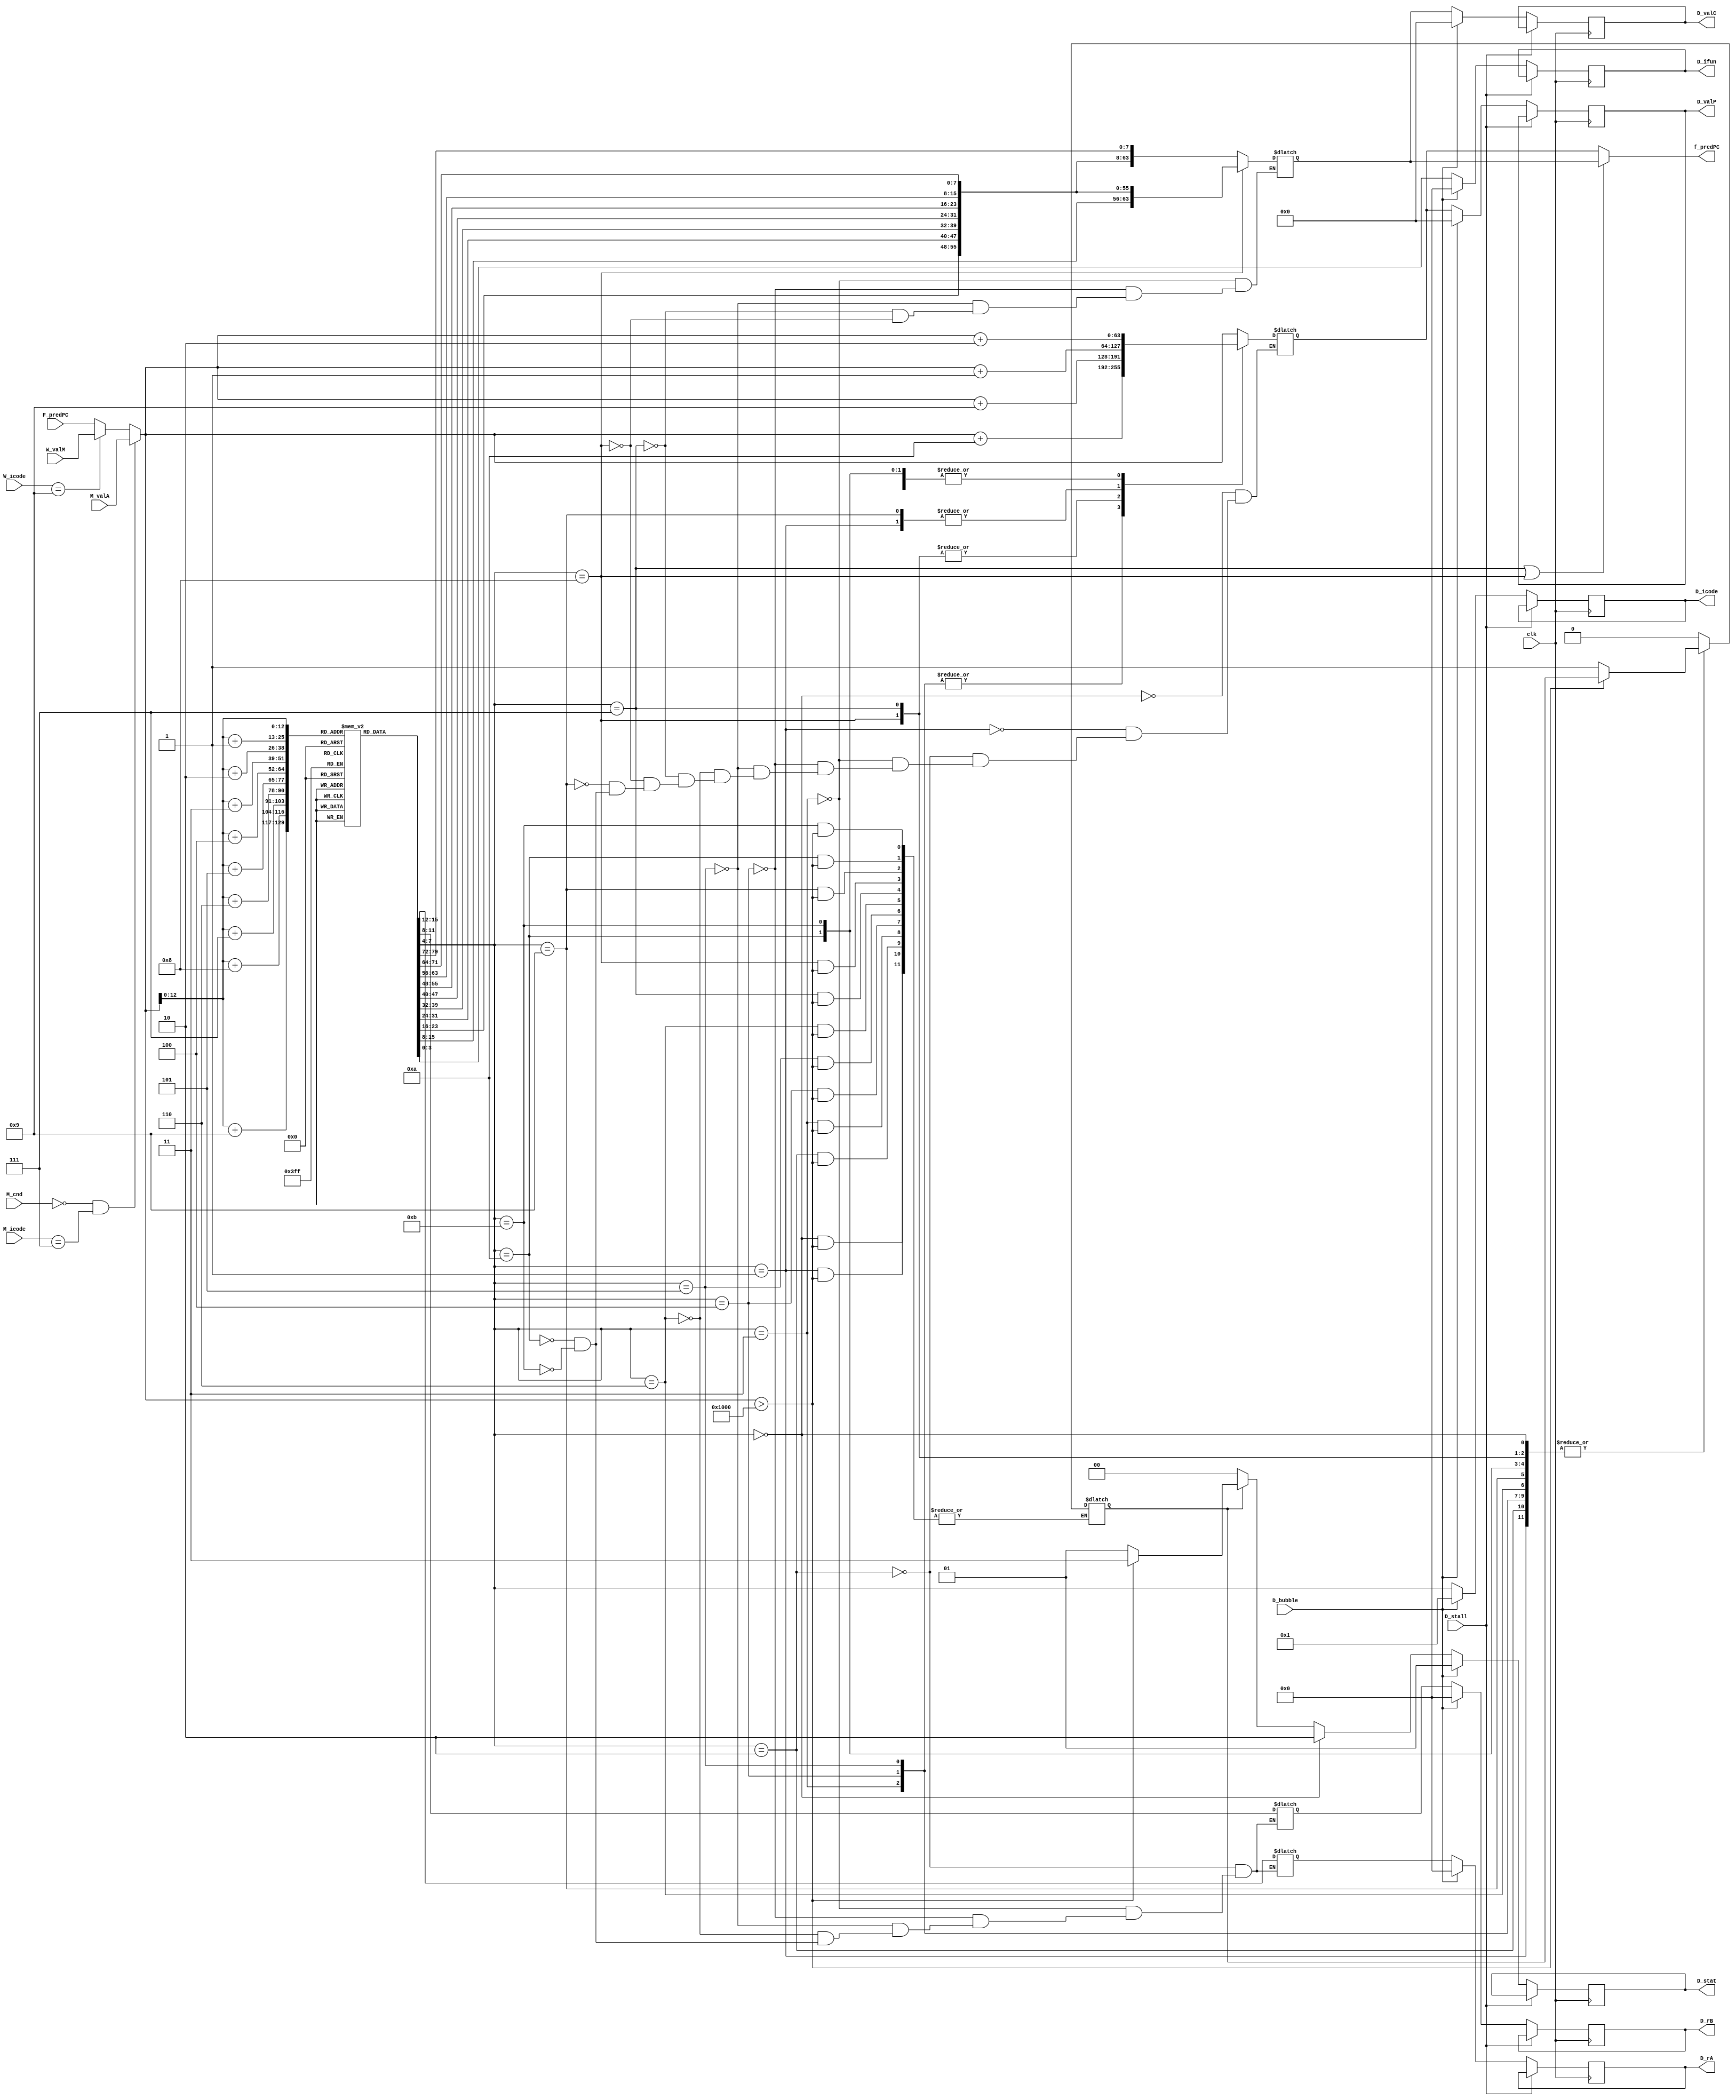
module fetch(input clk,D_stall,D_bubble,M_cnd,input [3:0] M_icode,W_icode,input [63:0] F_predPC,M_valA,W_valM,
            output reg [3:0] D_icode,D_ifun,D_rA,D_rB,output reg [63:0] D_valC,D_valP,f_predPC,
            output reg [1:0] D_stat);

    // F_predPC;                        // Program Counter
    //Instruction;                // Instructionuction to be executed
    // icode;                     // icode: Instructionuction Code - 4 Bytes
    // ifun;                      // ifun: Function Code - Bytes
    // rA;                        // rA register/memory addresses - 4 Bytes
    // rB;                        // rB register/memory addresses - 4 Bytes
    // valC;                      // 8 byte values. Used for finding incremented PC, valP.
    // valP;                      // Incremented PC
    // Valid_Memory = 1;          // Flag: Check if Memory is full.
    // Valid_Instruction = 1;     // Flag: Check if Instruction is valid.

    reg valid_memory=1,valid_instruction=1; 
    reg [1:0] stat; 
    reg [3:0] icode, ifun,rA, rB;
    reg [7:0] M[0:4096];                         
    reg [63:0] valC,valP,PC;                                             
    reg [0:79] instruction;                                      


    initial 
    begin
        //cmovxx
    M[64]=8'b00100000; //2 fn
    M[65]=8'b00100011; //rA rB

  //irmovq
    M[66]=8'b00110000; //3 0
    M[67]=8'b11110011; //F rB
    M[68]=8'b00000000; //V
    M[69]=8'b00000000; //V
    M[70]=8'b00000000; //V
    M[71]=8'b00000000; //V
    M[72]=8'b00000000; //V
    M[73]=8'b00000000; //V
    M[74]=8'b00000000; //V
    M[75]=8'b00011111; //V=31

  //rmmovq
    M[76]=8'b01000000; //4 0
    M[77]=8'b00100100; //rA rB
    M[78]=8'b00000000; //D
    M[79]=8'b00000000; //D
    M[80]=8'b00000000; //D
    M[81]=8'b00000000; //D
    M[82]=8'b00000000; //D
    M[83]=8'b00000000; //D
    M[84]=8'b00000000; //D
    M[85]=8'b00000101; //D

    //OPq
    M[86]=8'b01100011; //6 fn
    M[87]=8'b00100100; //rA rB
  
  //jmp
    M[88]=8'b01110000; //7 fn
    M[89]=8'b00000000; //Dest
    M[90]=8'b00000000; //Dest
    M[91]=8'b00000000; //Dest
    M[92]=8'b00000000; //Dest
    M[93]=8'b00000000; //Dest
    M[94]=8'b00000000; //Dest
    M[95]=8'b00000000; //Dest
    M[96]=8'b00000000; //Dest
    M[97]=8'b01101000; //Dest

  //pushq
    M[99]=8'b10100001; //A
    M[100]=8'b00101111; //rA F

  //popq
    M[101]=8'b10110001; //A
    M[102]=8'b00101111; //rA F

  //nop
    M[103]=8'b00010000; // 1 0

  // //halt
  //   M[113]=8'b00000000; // 0 0

     //irmovq
    M[104]=8'b00110000; //3 0
    M[105]=8'b11110011; //F rB
    M[106]=8'b00000000; //V
    M[107]=8'b00000000; //V
    M[108]=8'b00000000; //V
    M[109]=8'b00000000; //V
    M[110]=8'b00000000; //V
    M[111]=8'b00000000; //V
    M[112]=8'b00000000; //V
    M[113]=8'b00011111; //V=31

    // //pushq
    // M[114]=8'b10100001; //A
    // M[115]=8'b00101111; //rA F

//   //popq
//     M[126]=8'b10110001; //A
//     M[127]=8'b00101111; //rA F

  //halt
    M[114]=8'b00000000;



//   //call
//     M[113]=8'b10000000; // 8 0
//     M[114]=8'b00000000; //Dest
//     M[115]=8'b00000000; //Dest
//     M[116]=8'b00000000; //Dest
//     M[117]=8'b00000000; //Dest
//     M[118]=8'b00000000; //Dest
//     M[119]=8'b00000000; //Dest
//     M[120]=8'b00000000; //Dest
//     // M[121]=8'b00000000; //Dest
//     M[121]=8'b01111011; //Dest
    
//     M[122]=8'b00000000; // 0 0 Halt
//     M[123]=8'b01100011; //6 fn OPq
//     M[124]=8'b00100100; //rA rB

//   //ret
//     M[125]=8'b10010000; // 9 0

  // //halt
  //   M[127]=8'b00000000; // 0 0

  // 1. STALLING, DATA FORWARDING 

    // irmovq $10,%rdx
    // M[128]=8'b00110000; //3 0
    // M[129]=8'b11110010; //F rB=2
    // M[130]=8'b00000000;           
    // M[131]=8'b00000000;           
    // M[132]=8'b00000000;           
    // M[133]=8'b00000000;          
    // M[134]=8'b00000000;          
    // M[135]=8'b00000000;          
    // M[136]=8'b00000000;
    // M[137]=8'b00001010; //V=10

    // // irmovq  $3,%rax
    // M[138]=8'b00110000; //3 0
    // M[139]=8'b11110000; //F rB=0
    // M[140]=8'b00000000;           
    // M[141]=8'b00000000;           
    // M[142]=8'b00000000;           
    // M[143]=8'b00000000;          
    // M[144]=8'b00000000;          
    // M[145]=8'b00000000;          
    // M[146]=8'b00000000;
    // M[147]=8'b00000011; //V=3

    // // addq %rdx,%rax
    // M[148]=8'b01100000; //6 0
    // M[149]=8'b00100000; //rA=2 rB=0

    // // 2. LOAD/USE HAZARD 

    // //irmovq $128, %rdx
    // M[150]=8'b00110000; //3 0
    // M[151]=8'b11110010; //F rB=2
    // M[152]=8'b00000000;           
    // M[153]=8'b00000000;           
    // M[154]=8'b00000000;           
    // M[155]=8'b00000000;          
    // M[156]=8'b00000000;          
    // M[157]=8'b00000000;          
    // M[158]=8'b00000000;
    // M[159]=8'b10000000; //V=128

    // //irmovq $3, %rcx
    // M[160]=8'b00110000; //3 0
    // M[161]=8'b11110001; //F rB=1
    // M[162]=8'b00000000;           
    // M[163]=8'b00000000;           
    // M[164]=8'b00000000;           
    // M[165]=8'b00000000;          
    // M[166]=8'b00000000;          
    // M[167]=8'b00000000;          
    // M[168]=8'b00000000;
    // M[169]=8'b00000011; //V=3

    // //rmmovq %rcx, 0(%rdx)
    // M[170]=8'b01000000; //4 0
    // M[171]=8'b00010010; //rA=1 rB=2
    // M[172]=8'b00000000; //D
    // M[173]=8'b00000000; //D
    // M[174]=8'b00000000; //D
    // M[175]=8'b00000000; //D
    // M[176]=8'b00000000; //D
    // M[177]=8'b00000000; //D
    // M[178]=8'b00000000; //D
    // M[179]=8'b00000000; //D=0

    // //irmovq $10, %rbx
    // M[180]=8'b00110000; //3 0
    // M[181]=8'b11110011; //F rB=3
    // M[182]=8'b00000000;           
    // M[183]=8'b00000000;           
    // M[184]=8'b00000000;           
    // M[185]=8'b00000000;          
    // M[186]=8'b00000000;          
    // M[187]=8'b00000000;          
    // M[188]=8'b00000000;
    // M[189]=8'b00001010; //V=10

    // //mrmovq 0(%rdx), %rax
    // M[190]=8'b01010000; //5 0
    // M[191]=8'b00100000; //rA=2 rB=0
    // M[192]=8'b00000000; //D
    // M[193]=8'b00000000; //D
    // M[194]=8'b00000000; //D
    // M[195]=8'b00000000; //D
    // M[196]=8'b00000000; //D
    // M[197]=8'b00000000; //D
    // M[198]=8'b00000000; //D
    // M[199]=8'b00000000; //D=0

    // //addq %rbx, %rax
    // M[200]=8'b01100000; //6 0
    // M[201]=8'b00110000; //rA=3 rB=0

    // // 3. BRACH MISPREDICTION 

    // //     xorq %rax,%rax
    // M[20]=8'b01100011; //6 3
    // M[21]=8'b00000000; //rA=0 rB=0

    // //     jne  t             # Not taken
    // M[86]=8'b01110100; //7 4
    // M[87]=8'b00100000; //D
    // M[88]=8'b00000000; //D
    // M[89]=8'b00000000; //D
    // M[90]=8'b00000000; //D
    // M[91]=8'b00000000; //D
    // M[92]=8'b00000000; //D
    // M[93]=8'b00000000; //D
    // M[94]=8'b00000000; //D //Set destination NOT YET SET 

    // //     irmovq $1, %rax    # Fall through
    // M[20]=8'b00110000; //3 0
    // M[21]=8'b11110000; //F rB=0
    // M[22]=8'b00000000;           
    // M[23]=8'b00000000;           
    // M[24]=8'b00000000;           
    // M[25]=8'b00000000;          
    // M[26]=8'b00000000;          
    // M[27]=8'b00000000;          
    // M[28]=8'b00000000;
    // M[29]=8'b00000001; //V=1

    // //     nop
    // M[12]=8'b00010000; // 1 0

    // //     nop
    // M[12]=8'b00010000; // 1 0

    // //     nop
    // M[12]=8'b00010000; // 1 0

    // //     halt
    // M[12]=8'b00000000; // 0 0

    // // t:  irmovq $3, %rdx    # Target
    // M[20]=8'b00110000; //3 0
    // M[21]=8'b11110010; //F rB=2
    // M[22]=8'b00000000;           
    // M[23]=8'b00000000;           
    // M[24]=8'b00000000;           
    // M[25]=8'b00000000;          
    // M[26]=8'b00000000;          
    // M[27]=8'b00000000;          
    // M[28]=8'b00000000;
    // M[29]=8'b00000011; //V=3

    // //     irmovq $4, %rcx    # Should not execute
    // M[20]=8'b00110000; //3 0
    // M[21]=8'b11110001; //F rB=1
    // M[22]=8'b00000000;           
    // M[23]=8'b00000000;           
    // M[24]=8'b00000000;           
    // M[25]=8'b00000000;          
    // M[26]=8'b00000000;          
    // M[27]=8'b00000000;          
    // M[28]=8'b00000000;
    // M[29]=8'b00000100; //V=4

    // //     irmovq $5, %rdx    # Should not execute
    // M[20]=8'b00110000; //3 0
    // M[21]=8'b11110010; //F rB=2
    // M[22]=8'b00000000;           
    // M[23]=8'b00000000;           
    // M[24]=8'b00000000;           
    // M[25]=8'b00000000;          
    // M[26]=8'b00000000;          
    // M[27]=8'b00000000;          
    // M[28]=8'b00000000;
    // M[29]=8'b00000101; //V=5

    // 4. RETURN 

    // irmovq Stack,%rsp  # Intialize stack pointer

    // call p             # Procedure call
    // M[20]=8'b10000000; 8 0
    // M[87]=8'b00100000; //D
    // M[88]=8'b00000000; //D
    // M[89]=8'b00000000; //D
    // M[90]=8'b00000000; //D
    // M[91]=8'b00000000; //D
    // M[92]=8'b00000000; //D
    // M[93]=8'b00000000; //D
    // M[94]=8'b00000000; //D //Set destination NOT YET SET 

    // irmovq $5,%rsi     # Return point
    // M[20]=8'b00110000; //3 0
    // M[21]=8'b11110110; //F rB=6
    // M[22]=8'b00000000;           
    // M[23]=8'b00000000;           
    // M[24]=8'b00000000;           
    // M[25]=8'b00000000;          
    // M[26]=8'b00000000;          
    // M[27]=8'b00000000;          
    // M[28]=8'b00000000;
    // M[29]=8'b00000101; //V=5

    // // halt
    // M[12]=8'b00000000; // 0 0

    
    // // p:  irmovq $1,%rdi    # procedure
    // M[20]=8'b00110000; //3 0
    // M[21]=8'b11110111; //F rB=7
    // M[22]=8'b00000000;           
    // M[23]=8'b00000000;           
    // M[24]=8'b00000000;           
    // M[25]=8'b00000000;          
    // M[26]=8'b00000000;          
    // M[27]=8'b00000000;          
    // M[28]=8'b00000000;
    // M[29]=8'b00000001; //V=1

    // //     ret
    // M[20]=8'b10010000; //9 0

    // //     irmovq $2,%rax     # Should not be executed
    // M[20]=8'b00110000; //3 0
    // M[21]=8'b11110000; //F rB=0
    // M[22]=8'b00000000;           
    // M[23]=8'b00000000;           
    // M[24]=8'b00000000;           
    // M[25]=8'b00000000;          
    // M[26]=8'b00000000;          
    // M[27]=8'b00000000;          
    // M[28]=8'b00000000;
    // M[29]=8'b00000010; //V=2

    // //     irmovq $3,%rcx     # Should not be executed
    // M[20]=8'b00110000; //3 0
    // M[21]=8'b11110001; //F rB=1
    // M[22]=8'b00000000;           
    // M[23]=8'b00000000;           
    // M[24]=8'b00000000;           
    // M[25]=8'b00000000;          
    // M[26]=8'b00000000;          
    // M[27]=8'b00000000;          
    // M[28]=8'b00000000;
    // M[29]=8'b00000011; //V=3

    // //     irmovq $4,%rdx     # Should not be executed
    // M[20]=8'b00110000; //3 0
    // M[21]=8'b11110010; //F rB=2
    // M[22]=8'b00000000;           
    // M[23]=8'b00000000;           
    // M[24]=8'b00000000;           
    // M[25]=8'b00000000;          
    // M[26]=8'b00000000;          
    // M[27]=8'b00000000;          
    // M[28]=8'b00000000;
    // M[29]=8'b00000100; //V=4

    // //     irmovq $5,%rbx     # Should not be executed
    // M[20]=8'b00110000; //3 0
    // M[21]=8'b11110011; //F rB=3
    // M[22]=8'b00000000;           
    // M[23]=8'b00000000;           
    // M[24]=8'b00000000;           
    // M[25]=8'b00000000;          
    // M[26]=8'b00000000;          
    // M[27]=8'b00000000;          
    // M[28]=8'b00000000;
    // M[29]=8'b00000101; //V=5
    end

 always@(icode,valid_instruction,valid_memory)
 begin
    //Setting stat register
        if(icode==4'b0000)   //Halt
        stat = 2'b10;

        else if(valid_instruction==0)  //INS
        stat = 2'b00;

        else if(valid_memory==0)  //ADR
        begin
        stat = 2'b11;
        end

        else
        stat = 2'b01;    //AOK
 end

    always@(posedge clk)
    begin
        if(!D_stall)
        begin
        if(!D_bubble)
        begin
            D_icode <= icode;
            D_ifun <= ifun;
            D_rA <= rA;              // Checking if there is bubble or not
            D_rB <= rB;
            D_stat <= stat;
            D_valP <= valP;
            D_valC <= valC;
        end
        else
        begin
            D_icode <= 4'b0001;
            D_ifun <= 4'b0000;
            D_rA <= 4'b0000;
            D_rB <= 4'b0000;
            D_stat <= 2'b01;
            D_valP <= 64'b0;
            D_valC <= 64'b0;
        end
        end
    end


    always@* 
    begin 

        if(PC>4096)
        begin
            valid_memory = 0;
        end
        else
        begin
            valid_memory=1;
            valid_instruction=1;
        end

        instruction = {M[PC],M[PC+1],M[PC+2],M[PC+3],M[PC+4],M[PC+5],M[PC+6],M[PC+7],M[PC+8],M[PC+9]};

        icode = instruction[0:3];
        ifun = instruction[4:7];

        case (icode)
        4'h0:
        begin
                valP=PC;          // halt
        end

        4'h1:
        begin
            valP=PC+64'd1;       // nop
        end

        4'h2:
        begin                   // cmovq
            rA=instruction[8:11];
            rB=instruction[12:15];
            valP=PC+64'd2;
        end

        4'h3:
        begin                  // irmovq
            rA = instruction[8:11];
            rB = instruction[12:15];
            valC =instruction[16:79];
            valP=PC+64'd10;
        end
        4'h4:begin                  // rmmovq
            rA = instruction[8:11];
            rB = instruction[12:15];
            valC =instruction[16:79];
            valP=PC+64'd10;
        end
        4'h5:
        begin                  // mrmovq
            rA = instruction[8:11];
            rB = instruction[12:15];
            valC =instruction[16:79];
            valP=PC+64'd10;
        end
        4'h6:
        begin                  // OPq
            rA=instruction[8:11];
            rB=instruction[12:15];
            valP=PC+64'd2;
        end

        4'h7:
        begin                  //jxx
            valC=instruction[8:79];
            valP=PC+64'd9;
        end
        
        4'h8:
        begin                  //call
            valC=instruction[8:71];
            valP=PC+64'd9;
        end

        4'h9:
           valP=PC+64'd1;        //ret     

        4'hA:
        begin                  //pushq
            rA=instruction[8:11];
            rB=instruction[12:15];
            valP=PC+64'd2;
        end

        4'hB:
        begin                  //popq
            rA=instruction[8:11];
            rB=instruction[12:15];
            valP=PC+64'd2;
        end

        default:      // invalid instr
            valid_instruction=1'b0;
        endcase

    end

    always@*
    begin
        if(M_cnd==0 && M_icode==4'h7)  // not taken jump
            PC = M_valA;
        else if(W_icode==4'h9)      // Return statement encountered
            PC = W_valM;
        else
            PC = F_predPC;       
    end

always@*
begin
 //Predicting PC
        if(icode==4'h7 || icode==4'h8)
        begin
            f_predPC=valC;
        end
        else
        begin
            f_predPC=valP;
        end
end

endmodule